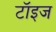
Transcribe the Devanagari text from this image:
टॉइज